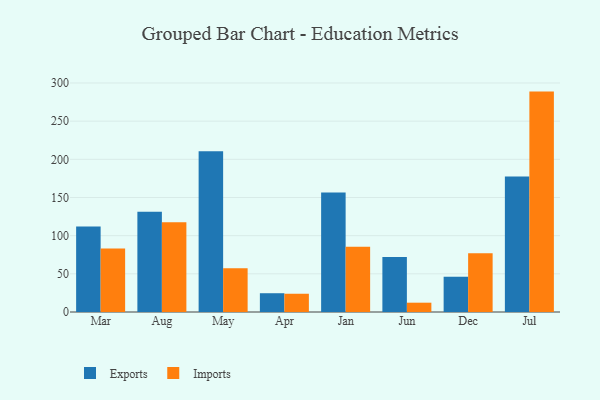
{"axis": {"x": "Month", "y": "Revenue (USD Million)"}, "legend": ["Exports", "Imports"], "data": [{"x": "Mar", "y": 111.9, "type": "Exports"}, {"x": "Mar", "y": 83.3, "type": "Imports"}, {"x": "Aug", "y": 131.2, "type": "Exports"}, {"x": "Aug", "y": 117.7, "type": "Imports"}, {"x": "May", "y": 210.5, "type": "Exports"}, {"x": "May", "y": 57.2, "type": "Imports"}, {"x": "Apr", "y": 24.6, "type": "Exports"}, {"x": "Apr", "y": 23.9, "type": "Imports"}, {"x": "Jan", "y": 156.4, "type": "Exports"}, {"x": "Jan", "y": 85.5, "type": "Imports"}, {"x": "Jun", "y": 72.0, "type": "Exports"}, {"x": "Jun", "y": 12.2, "type": "Imports"}, {"x": "Dec", "y": 46.2, "type": "Exports"}, {"x": "Dec", "y": 76.8, "type": "Imports"}, {"x": "Jul", "y": 177.5, "type": "Exports"}, {"x": "Jul", "y": 288.7, "type": "Imports"}]}